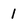
Character: 1